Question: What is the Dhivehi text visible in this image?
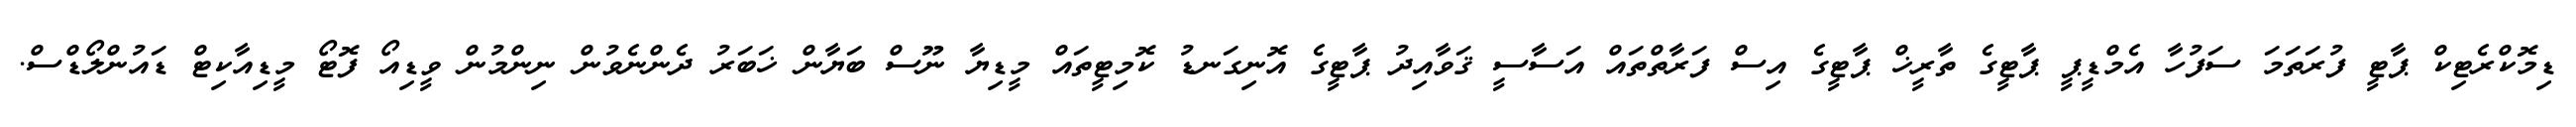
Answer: ޑިމޮކްރެޓިކް ޕާޓީ ފުރަތަމަ ސަފުހާ އެމްޑީޕީ ޕާޓީގެ ތާރީޚް ޕާޓީގެ އިސް ފަރާތްތައް އަސާސީ ޤަވާއިދު ޕާޓީގެ އޮނިގަނޑު ކޮމިޓީތައް މީޑިޔާ ނޫސް ބަޔާން ޚަބަރު ދެންނެވުން ނިންމުން ވީޑިއޯ ފޮޓޯ މީޑިއާކިޓް ޑައުންލޯޑްސް.